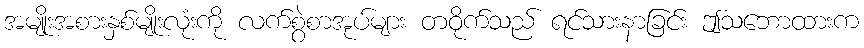
အမျိုးအစားနှစ်မျိုးလုံးကို လက်စွဲစာအုပ်များ တဝိုက်သည် ရင်သားနာခြင်း ဤသဘောထားက